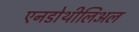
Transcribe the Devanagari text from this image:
एनडोथीलिअल